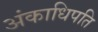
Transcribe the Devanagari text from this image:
अंकाधिपति